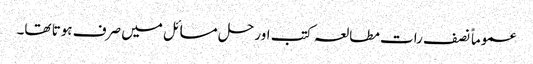
عموماً نصف رات مطالعہ کتب اور حل مسائل میں صرف ہوتا تھا۔